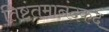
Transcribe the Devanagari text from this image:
तिष्टंतमानंदकंदं